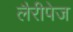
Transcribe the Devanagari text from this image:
लैरीपेज